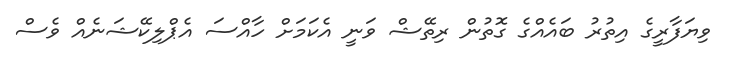
ވިޔަފާރީގެ އިތުރު ބައެއްގެ ގޮތުން ރިތޭޝް ވަނީ އެކަމަށް ހާއްސަ އެޕްލިކޭޝަނެއް ވެސް